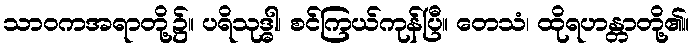
သာဝကအရာတို့၌။ ပရိသုဒ္ဓါ၊ စင်ကြယ်ကုန်ပြီ။ တေသံ၊ ထိုရဟန္တာတို့၏။